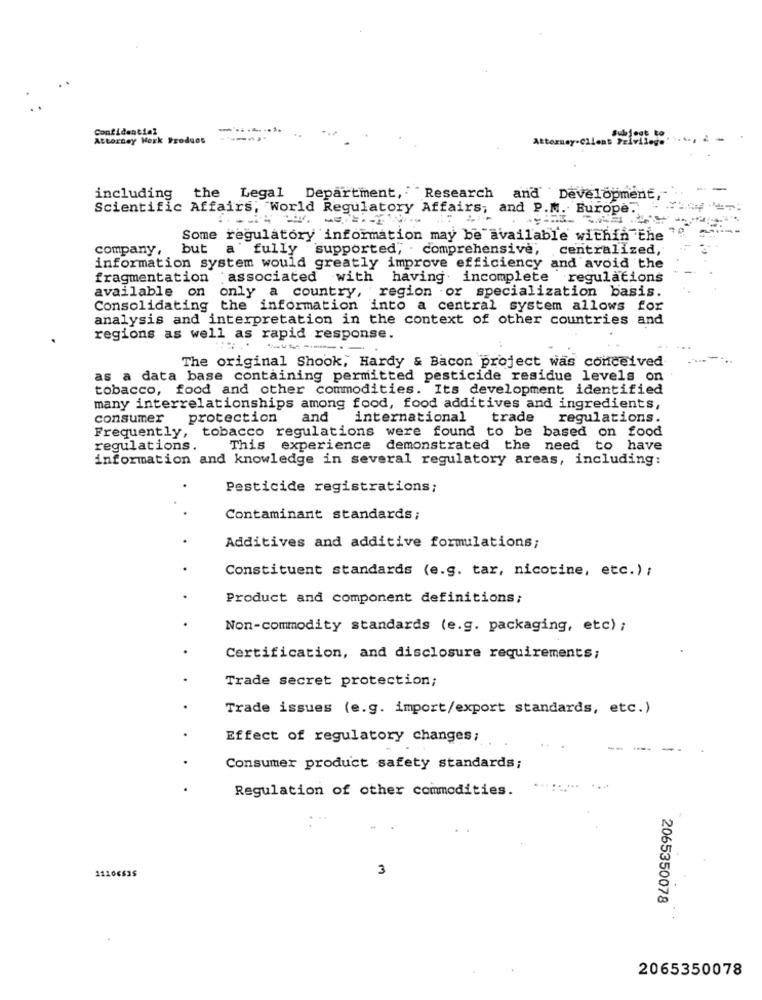
Confidential
Attorney Merk Produos
including the
Legal Department, "Research and Development,
Scientific Affairs, World Regulatory Affairs, and P.M. Europe.
Some regulatory information may be available within the
company,
but afully supported, . comprehensive, centralized,
information system would greatly improve efficiency and avoid the
fragmentation :associated with
having incomplete regulations
available on only a country, region or specialization basis.
Consolidating the information into a central system allows for
analysis and interpretation in the context of other countries and
regions as well as rapid response.
The original Shook, Hardy & Bacon project was conceived
as a data base containing permitted pesticide residue levels on
tobacco, food and other commodities. Its development identified
many interrelationships among food, food additives and ingredients,
consumer protection
and
international trade
regulations.
Frequently, tobacco regulations were found to be based on food
regulations.
This experience demonstrated the need to have
information and knowledge in several regulatory areas, including:
Pesticide registrations;
Contaminant standards;
Additives and additive formulations;
Constituent standards (e.g. tar, nicotine, etc.) ;
Product and component definitions;
Non-commodity standards (e.g. packaging, etc) ;
Certification, and disclosure requirements;
Trade secret protection;
Trade issues (e.g. import/export standards, etc.)
Effect of regulatory changes;
Consumer product safety standards;
Regulation of other commodities.
11106$35
3
2065350078
2065350078